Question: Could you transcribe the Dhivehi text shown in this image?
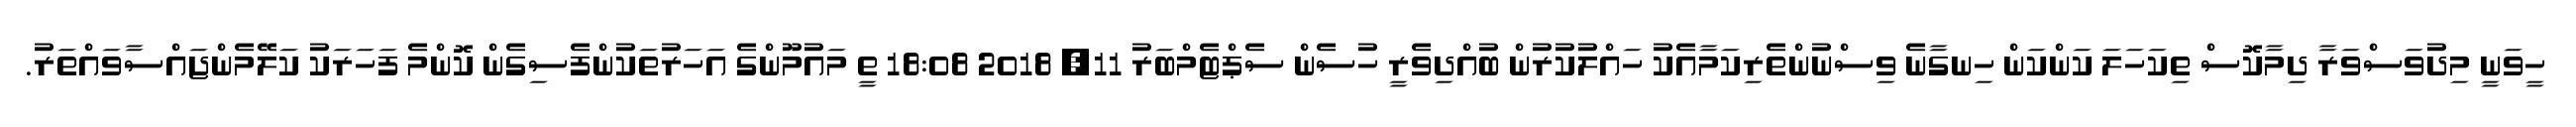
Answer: ހީވަނީ މިދުވަސްވަރާ ދިމާކޮސް ތިކަހަލަ ކަންކަން ހިނގާނެ ވިސްނުންތެރިކަމާއެކު ހައްލުކުރުން ބުއްދިވެރީ ހުސެން ސެޕްޓެމްބަރު 11, 2018 18:08 ތީ މައުމޫންގެ އަހަރުތަކުންފެސިގެން ކޮންމެ ފަހަރަކު ކަލޭމެންޖައްސާވައްތަރު.